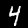
Label: 4